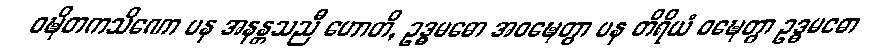
ဝဍ္ဎိတကသိဏော ပန အနန္တသညီ ဟောတိ, ဥဒ္ဓမဓော အဝဍ္ဎေတွာ ပန တိရိယံ ဝဍ္ဎေတွာ ဥဒ္ဓမဓော